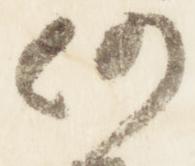
仍